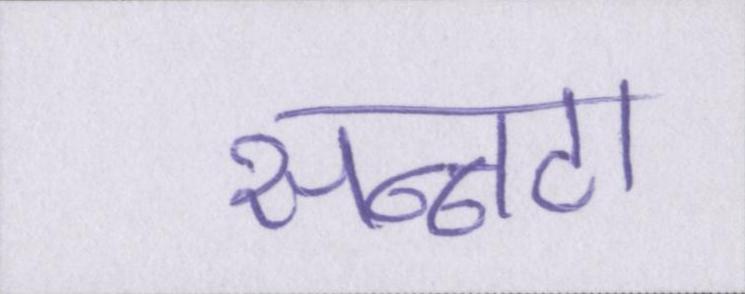
सन्नाटा